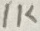
Text: 1K